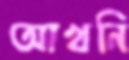
আখনি